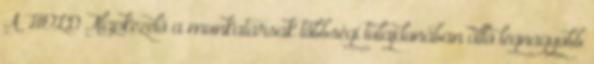
A HOLD Alapkezelő a munkatársak többségi tulajdonában álló legnagyobb